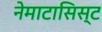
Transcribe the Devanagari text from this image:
नेमाटासिस्ट